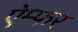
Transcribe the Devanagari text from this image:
ऐम्फर